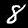
Label: 8